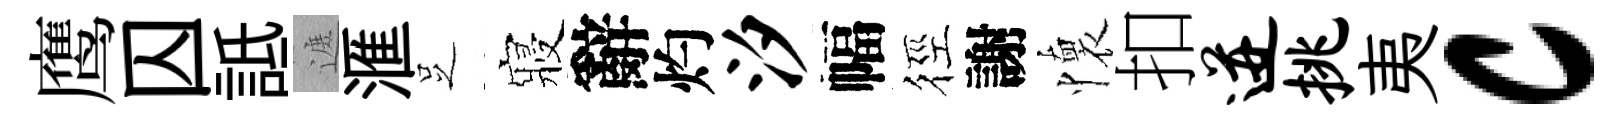
鹰囚詆遮滙𠯁寢辭灼汐幅徑謝懷扣迸挑夷c